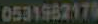
0531962170